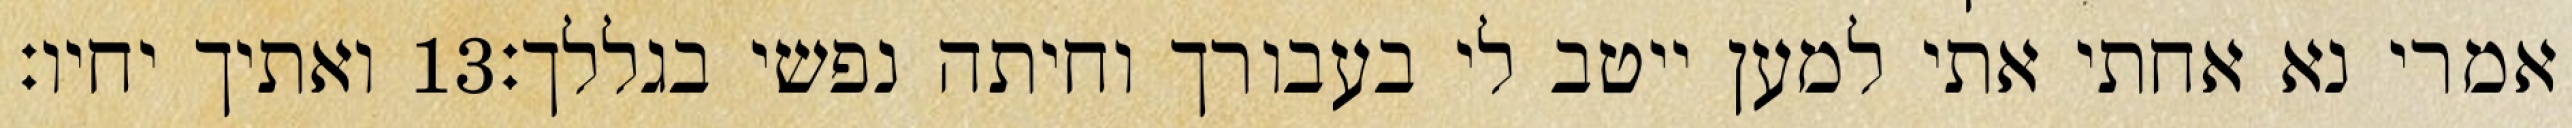
ואתיך יחיו׃ ‎13‏ אמרי נא אחתי אתי למען ייטב לי בעבורך וחיתה נפשי בגללך׃